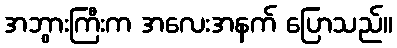
အဘွားကြီးက အလေးအနက် ပြောသည်။